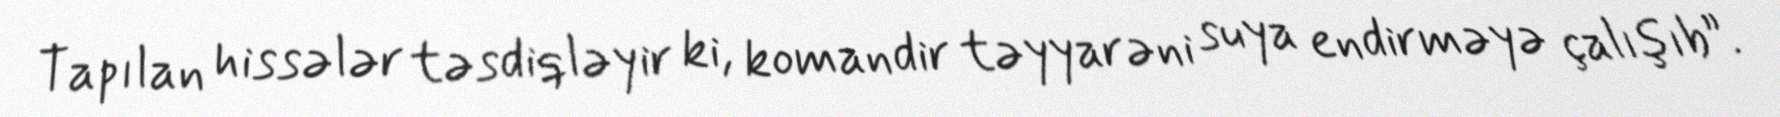
Tapılan hissələr təsdiqləyir ki, komandir təyyarəni suya endirməyə çalışıb”.